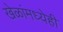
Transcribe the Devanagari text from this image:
खेळांमध्येही